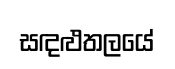
සඳළුතලයේ